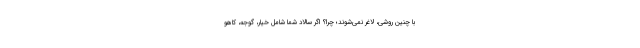
با چنین روشی، لاغر نمی‌شوند؛ چرا؟ اگر سالاد شما شامل خیار، گوجه، کاهو